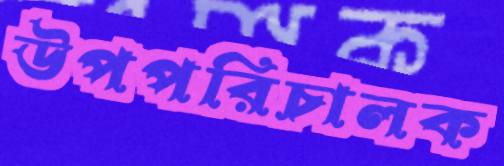
উপপরিচালক